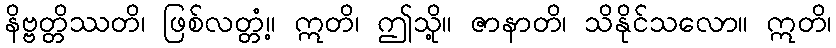
နိဗ္ဗတ္တိဿတိ၊ ဖြစ်လတ္တံ့။ ဣတိ၊ ဤသို့။ ဇာနာတိ၊ သိနိုင်သလော။ ဣတိ၊